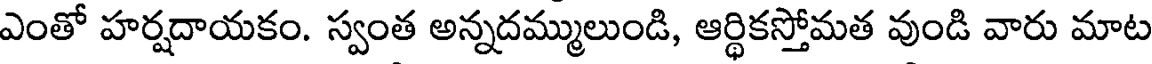
ఎంతో హర్షదాయకం. స్వంత అన్నదమ్ములుండి, ఆర్థికస్తోమత వుండి వారు మాట